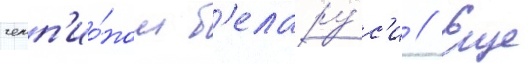
чемп'ио́ном б'елару́с'и // Еще